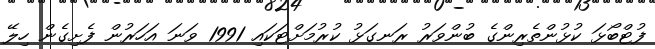
ފުޓްބޯޅަ ކުޅުންތެރިންގެ ބުންވަރު ރަނގަޅު ކުރުމަށްޓަކައި 1991 ވަނަ އަހަރުން ފެށިގެން ހިލޭ